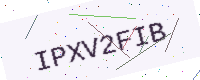
Text: IPXV2FIB